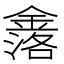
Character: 𮢤